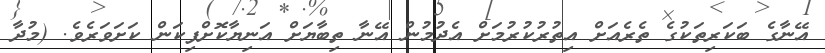
އޭނާގެ ބަކަރިތަކުގެ ތެރެއަށް އިތުރުކުރުމަށް އެދުމުން އޭނާ ތިބާޔަށް އަނިޔާކޮށްފިކަން ކަށަވަރެވެ. (މުދާ